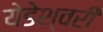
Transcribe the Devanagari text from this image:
येडेश्वरी